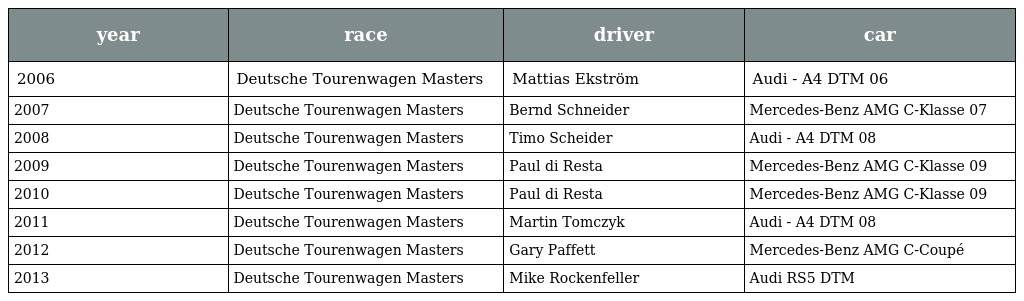
| year | race | driver | car |
 | --- | --- | --- | --- |
 | 2006 | Deutsche Tourenwagen Masters | Mattias Ekström | Audi - A4 DTM 06 |
 | 2007 | Deutsche Tourenwagen Masters | Bernd Schneider | Mercedes-Benz AMG C-Klasse 07 |
 | 2008 | Deutsche Tourenwagen Masters | Timo Scheider | Audi - A4 DTM 08 |
 | 2009 | Deutsche Tourenwagen Masters | Paul di Resta | Mercedes-Benz AMG C-Klasse 09 |
 | 2010 | Deutsche Tourenwagen Masters | Paul di Resta | Mercedes-Benz AMG C-Klasse 09 |
 | 2011 | Deutsche Tourenwagen Masters | Martin Tomczyk | Audi - A4 DTM 08 |
 | 2012 | Deutsche Tourenwagen Masters | Gary Paffett | Mercedes-Benz AMG C-Coupé |
 | 2013 | Deutsche Tourenwagen Masters | Mike Rockenfeller | Audi RS5 DTM |